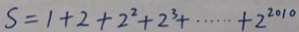
S = 1 + 2 + 2 ^ { 2 } + 2 ^ { 3 } + \cdots + 2 ^ { 2 0 1 0 }